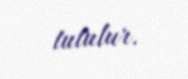
tutulur.